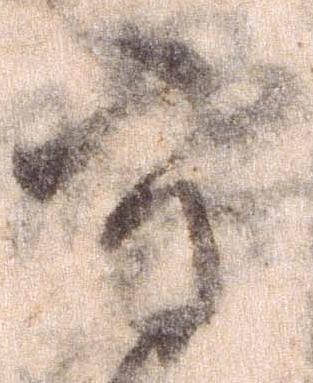
守